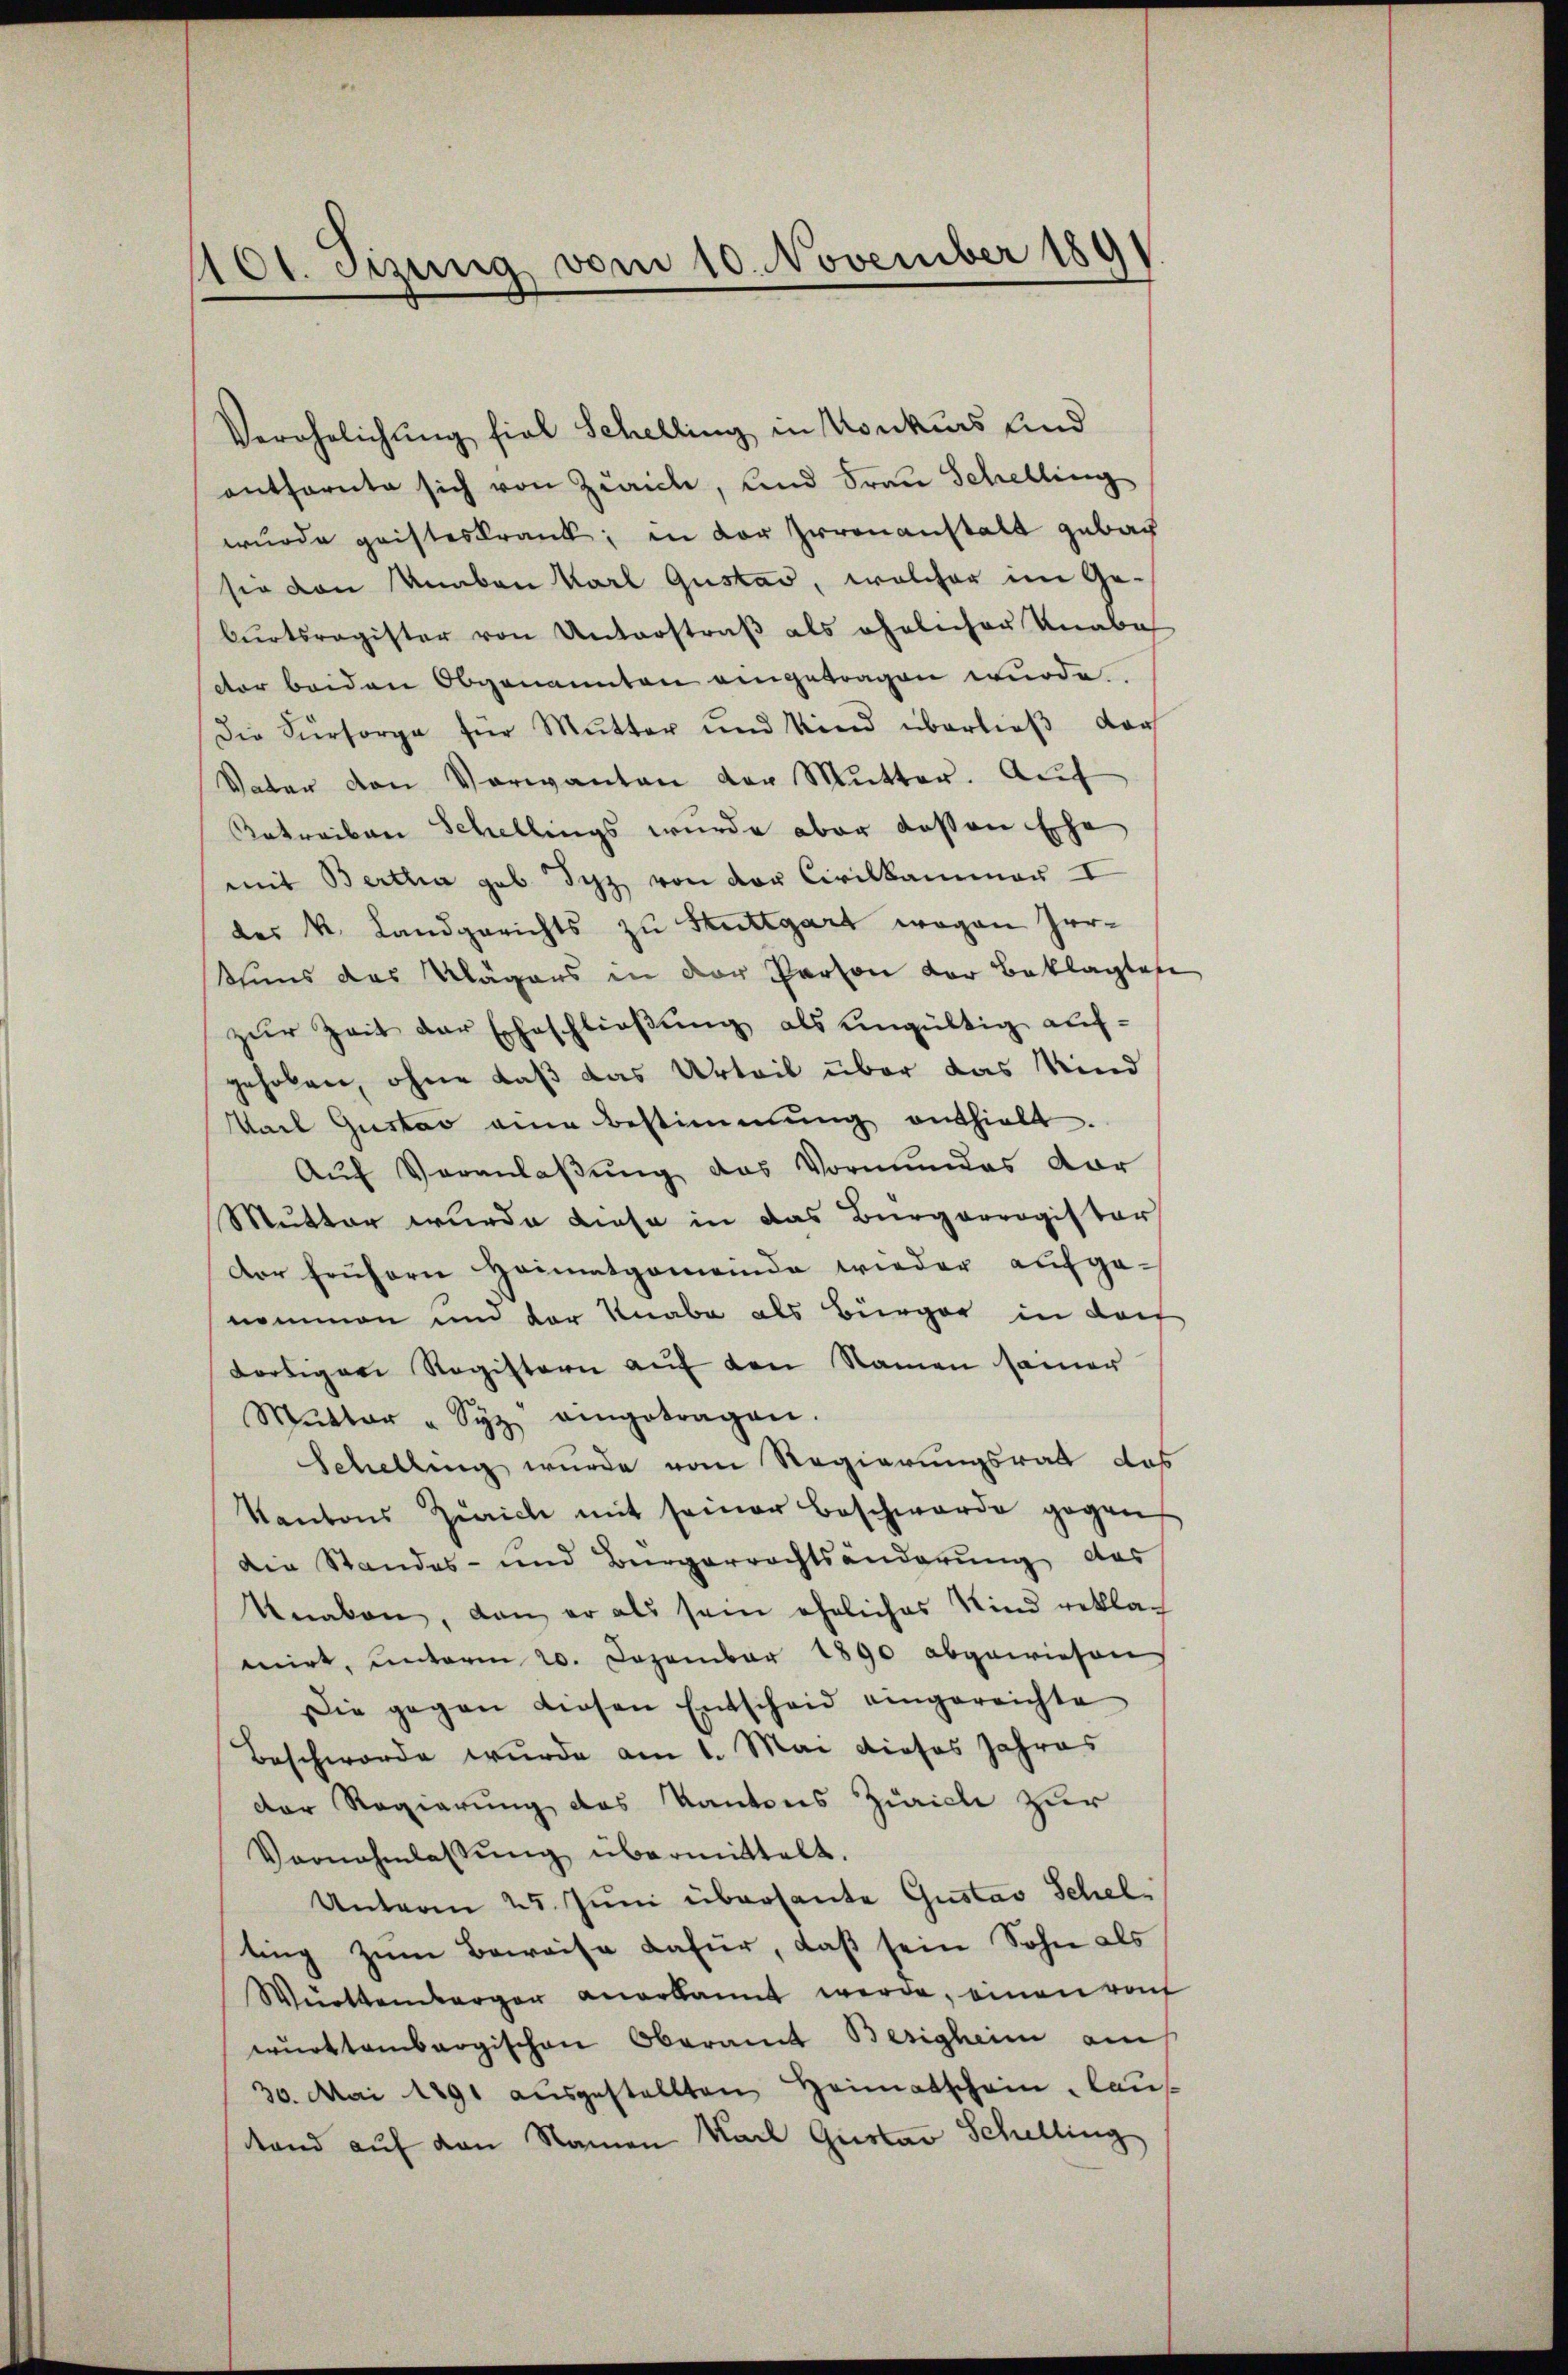
10t. etzung vom 10. November 189
¬

Verehrlichung fiel Schelling in Konkurs und
entfernte sich von Zürich, und Frau Schelling
wurde geisteskrank, in vor Irrenanstalt gebac
sie von Knaben Karl Gustav, welcher im Geburtsregister von Unterstraß als ehelicher Knabe
ctor beiden Obgenannten eingetragen wurde.
Die Fürsorge für Mutter und Kind überließ dar
Vater den Verwanten der Mŭtter. Aŭf
Getreiben Schellings wurde aber dassen Ehe
mit Bertha geb. Syz von der Civilkammer I
des k. Landgerichts zu Stuttgart wegen Irrtuns das Klägers in der Person der Beklagtes
zur Zeit der Eheschließung als eingültig aufgehoben, ohne daß das Urteil über das Kind
Karl Gustad eine Bestimmung enthielt.
Aŭf Veranlaβŭng das Vormundes dor
Mutter wurde diese in das Bürgerregister
dor frühern Heimatgemeinde wieder aufgenemmen und der Knabe als Bürger in doch
dortiger Registern auf den Namen samer
Mŭtter " Syz eingetragen.
Schelling wurde vom Regierungsrath das
Kantons Zürich mit seiner Beschwerde gegen
Die Standes- und Bürgerrechtsänderung das
knaben, dan er als sein eheliches Kind reklag
mirt, unterm 20. Dezember 1890 abgewiesen
Die gegen diesen Entscheid eingereichte
Beschworde wurde am 1. Mai dieses Jahres
der Regierung das Kantons Zürich zur
Vornahmlassŭng übermittelt.
Unterm 25. Juni übersante Gustav Schelting zum Beweise dafür, daß sein Sohn als
Württemberger anerkannt werde, einen raf
württembergischen Oberamt Besigheim am
30. Mai 1891 aŭsgestellten Heimatschein, laus
tand auf den Namen Karl Gustav Schelling